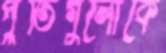
পুঁতিগুলোকে